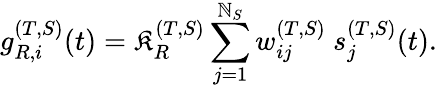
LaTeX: g_{R,i}^{(T,S)}(t)=\mathfrak{K}_{R}^{(T,S)}\sum_{j=1}^{\mathbb{N}_{S}}w_{ij}^{(T,S)}~s_{j}^{(T,S)}(t).